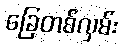
ခြေတစ်လှမ်း